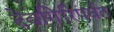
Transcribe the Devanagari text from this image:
देवगिरिपर्वत